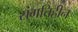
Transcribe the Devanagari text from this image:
संगतिहीन